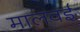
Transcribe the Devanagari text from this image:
मालवई